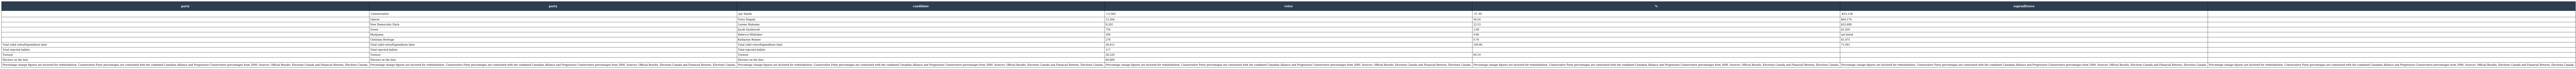
| party | party | candidate | votes | % | expenditures |  |
 | --- | --- | --- | --- | --- | --- | --- |
 |  | Conservative | Joy Smith | 13,582 | 37.30 | $53,156 |  |
 |  | Liberal | Terry Duguid | 13,304 | 36.54 | $64,174 |  |
 |  | New Democratic Party | Lorene Mahoney | 8,202 | 22.53 | $32,688 |  |
 |  | Green | Jacob Giesbrecht | 756 | 2.08 | $1,929 |  |
 |  | Marijuana | Rebecca Whittaker | 290 | 0.80 | not listed |  |
 |  | Christian Heritage | Katharine Reimer | 278 | 0.76 | $1,475 |  |
 | Total valid votes/Expenditure limit | Total valid votes/Expenditure limit | Total valid votes/Expenditure limit | 36,412 | 100.00 | 71,091 |  |
 | Total rejected ballots | Total rejected ballots | Total rejected ballots | 117 |  |  |  |
 | Turnout | Turnout | Turnout | 36,529 | 60.19 |  |  |
 | Electors on the lists | Electors on the lists | Electors on the lists | 60,689 |  |  |  |
 | Percentage change figures are factored for redistribution. Conservative Party percentages are contrasted with the combined Canadian Alliance and Progressive Conservative percentages from 2000. Sources: Official Results, Elections Canada and Financial Returns, Elections Canada. | Percentage change figures are factored for redistribution. Conservative Party percentages are contrasted with the combined Canadian Alliance and Progressive Conservative percentages from 2000. Sources: Official Results, Elections Canada and Financial Returns, Elections Canada. | Percentage change figures are factored for redistribution. Conservative Party percentages are contrasted with the combined Canadian Alliance and Progressive Conservative percentages from 2000. Sources: Official Results, Elections Canada and Financial Returns, Elections Canada. | Percentage change figures are factored for redistribution. Conservative Party percentages are contrasted with the combined Canadian Alliance and Progressive Conservative percentages from 2000. Sources: Official Results, Elections Canada and Financial Returns, Elections Canada. | Percentage change figures are factored for redistribution. Conservative Party percentages are contrasted with the combined Canadian Alliance and Progressive Conservative percentages from 2000. Sources: Official Results, Elections Canada and Financial Returns, Elections Canada. | Percentage change figures are factored for redistribution. Conservative Party percentages are contrasted with the combined Canadian Alliance and Progressive Conservative percentages from 2000. Sources: Official Results, Elections Canada and Financial Returns, Elections Canada. | Percentage change figures are factored for redistribution. Conservative Party percentages are contrasted with the combined Canadian Alliance and Progressive Conservative percentages from 2000. Sources: Official Results, Elections Canada and Financial Returns, Elections Canada. |